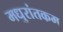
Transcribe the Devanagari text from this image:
मधुरांतकम्